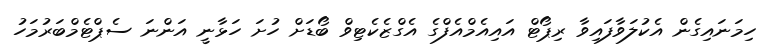
ހިމަނައިގެން އެކުލަވާފައިވާ ރިޕޯޓް އައިއެމްއެފްގެ އެގްޒެކެޓިވް ބޯޑަށް ހުށަ ހަޅާނީ އަންނަ ސެޕްޓެމްބަރުމަހު